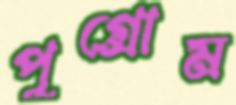
পুগ্রোম